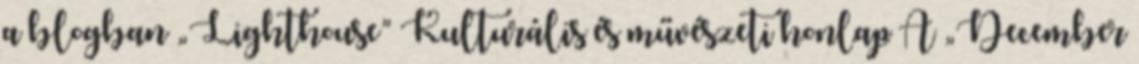
a blogban „Lighthouse” Kulturális és művészeti honlap A „December